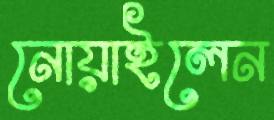
নোয়াইলেন